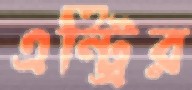
এন্ট্রির